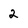
Character: 2